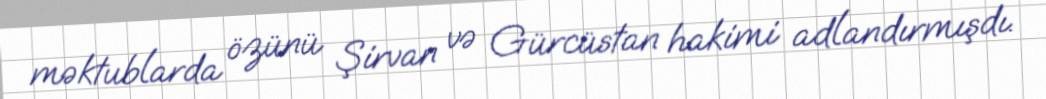
məktublarda özünü Şirvan və Gürcüstan hakimi adlandırmışdı.